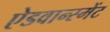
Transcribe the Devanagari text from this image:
ऐडवान्स्मेंट